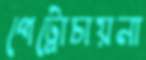
পেট্রোচায়না